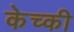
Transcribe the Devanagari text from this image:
केच्की